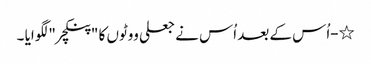
٭-اُس کے بعد اُس نے جعلی ووٹوں کا "پنکچر " لگوایا ۔